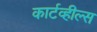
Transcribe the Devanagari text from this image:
कार्टव्हील्स